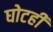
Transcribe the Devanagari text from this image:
घोटही